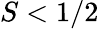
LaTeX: S<1/2